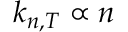
k _ { n , T } \propto n